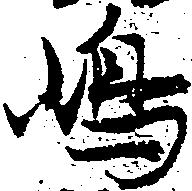
嶋